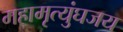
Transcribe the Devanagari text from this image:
महामृत्युंघजय